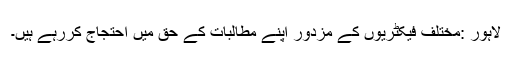
لاہور :مختلف فیکٹریوں کے مزدور اپنے مطالبات کے حق میں احتجاج کررہے ہیں۔